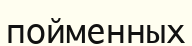
пойменных